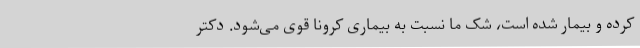
کرده و بیمار شده است، شک ما نسبت به بیماری کرونا قوی می‌شود. دکتر